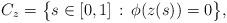
LaTeX: \begin{align*}C_z=\big\{s\in[0,1]\,:\,\phi(z(s))=0\big\},\end{align*}